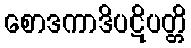
စောဒကာဒိပဋိပတ္တိ